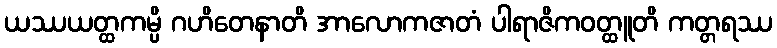
ယဿယတ္ထကမ္ပိ ဂဟိတေနာတိ အာလောကဇာတံ ပါရာဇိကဝတ္ထူတိ ကတ္တရဿ